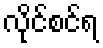
လိုင်စင်ရ